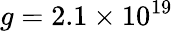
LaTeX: g=2.1\times 10^{19}